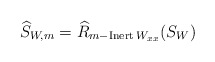
\begin{align*}\widehat{S}_{W,m}=\widehat{R}_{m-\operatorname*{Inert}W_{xx}}(S_{W})\end{align*}